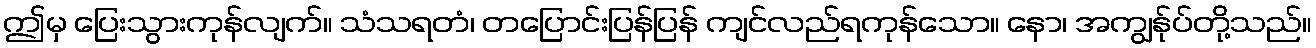
ဤမှ ပြေးသွားကုန်လျက်။ သံသရတံ၊ တပြောင်းပြန်ပြန် ကျင်လည်ရကုန်သော။ နော၊ အကျွန်ုပ်တို့သည်။